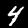
Digit: 4